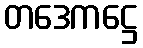
တဒေကဋ္ဌေ